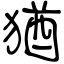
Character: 猶